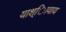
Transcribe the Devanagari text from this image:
याश्ािवाय